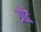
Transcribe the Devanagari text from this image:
ग्रोटे